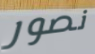
نصور